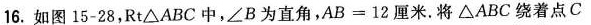
16.如图15-28，Rt△ABC中，∠B为直角，AB=12厘米。将△ABC绕着点C